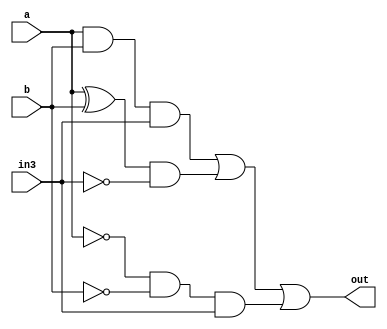
module of_calc(a, b, in3, out);

input a, b, in3;
output out;

wire out1, out2, out3, out4, out5, out6, a_not, b_not, in3_not;

not not_a(a_not, a);
not not_b(b_not, b);
not not_3(in3_not, in3);


and and1(out1, a, b);
and and2(out2, out1, in3); // if a and b is one and in3 is one = overflow

xor xor1(out3, a, b);  // a or b 1 and 0 on output
and and3(out4, out3, in3_not);

and and4(out5, a_not, b_not); // a and b = 0 and out is 1
and and5(out6, out5, in3);


or bigOR(out, out2, out4, out6);


endmodule